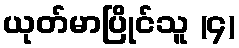
ယုတ်မာပြိုင်သူ (၄)